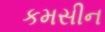
કમસીન